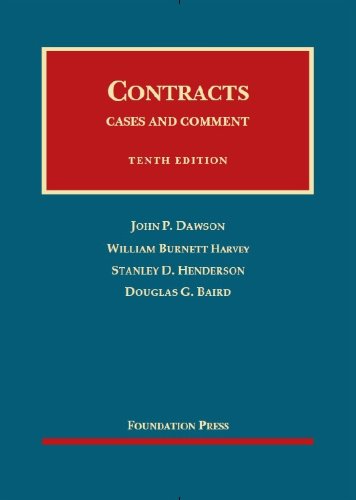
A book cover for Contracts: Cases and Comment, 10th Edition; John Dawson; Law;